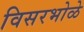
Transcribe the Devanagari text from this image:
विसरभोळे